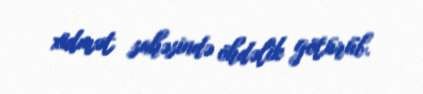
xidmət sahəsində öhdəlik götürüb.